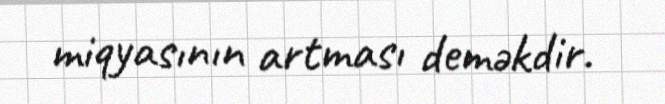
miqyasının artması deməkdir.